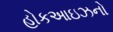
હોકઆઇઝનો